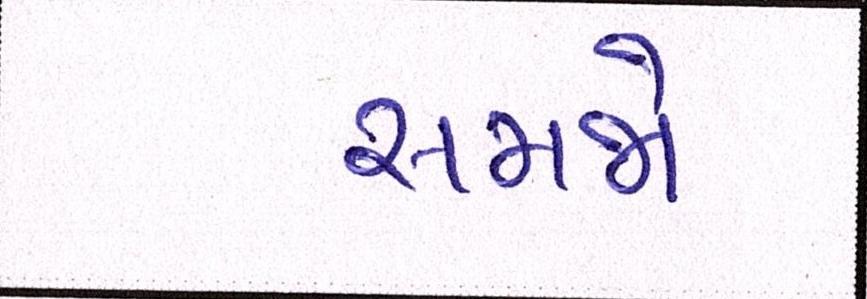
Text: સમજો